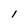
Character: 1